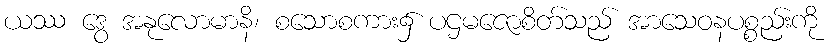
ယဿ ဒွေ အနုလောမာနိ၊ စသောစကား၌ ပဌမဇောစိတ်သည် အာသေဝနပစ္စည်းကို